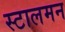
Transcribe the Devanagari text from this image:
स्टालमन